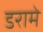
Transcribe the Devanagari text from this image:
डरामे